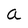
Character: a